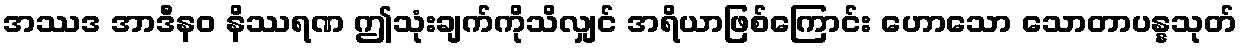
အဿဒ အာဒီနဝ နိဿရဏ ဤသုံးချက်ကိုသိလျှင် အရိယာဖြစ်ကြောင်း ဟောသော သောတာပန္နသုတ်